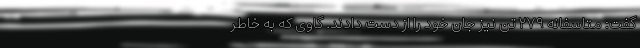
گفت: متاسفانه ۲۷۹ تن نیز جان خود را از دست دادند. گاوی که به خاطر